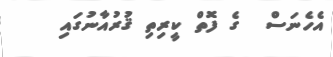
އެހެނަސް  ގެ ފޮތް ކީރިތި ޤުރުއާނުގައި